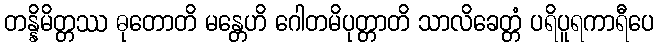
တန္နိမိတ္တဿ ဓုတောတိ မန္တေဟိ ဂေါတမိပုတ္တာတိ သာလိခေတ္တံ ပရိပူရကာရီပေ